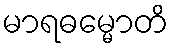
မာရဓမ္မောတိ